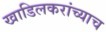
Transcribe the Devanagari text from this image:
खाडिलकरांच्याच